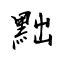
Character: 黜